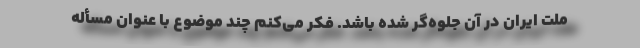
ملت ایران در آن جلوه‌گر شده باشد. فکر می‌کنم چند موضوع با عنوان مسأله